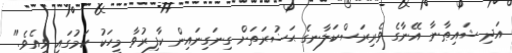
އަދި ޝައިޠާނާ އޭނާގެ ވެރިރަސްކަލާނގެ ޙަޟުރަތަށް ގިނަގިނައިން ކާފިރުވާ މީހަކު ކަމުގައި ވިއެވެ."